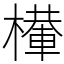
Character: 檋